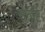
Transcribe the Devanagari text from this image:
संतृष्टि